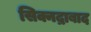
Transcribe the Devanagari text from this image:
सिक्नद्राबाद